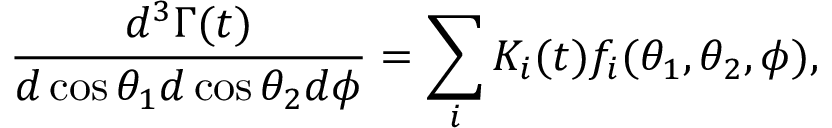
\frac { d ^ { 3 } \Gamma ( t ) } { d \cos \theta _ { 1 } d \cos \theta _ { 2 } d \phi } = \sum _ { i } K _ { i } ( t ) f _ { i } ( \theta _ { 1 } , \theta _ { 2 } , \phi ) ,